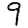
Digit: 9